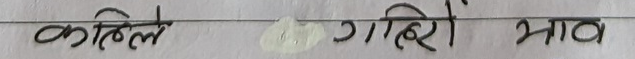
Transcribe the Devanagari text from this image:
कहिले गहिरो भाव